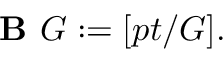
{ \textbf { B } } G : = [ p t / G ] .